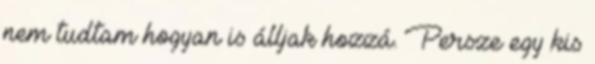
nem tudtam hogyan is álljak hozzá. Persze egy kis